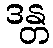
ဒန္တ